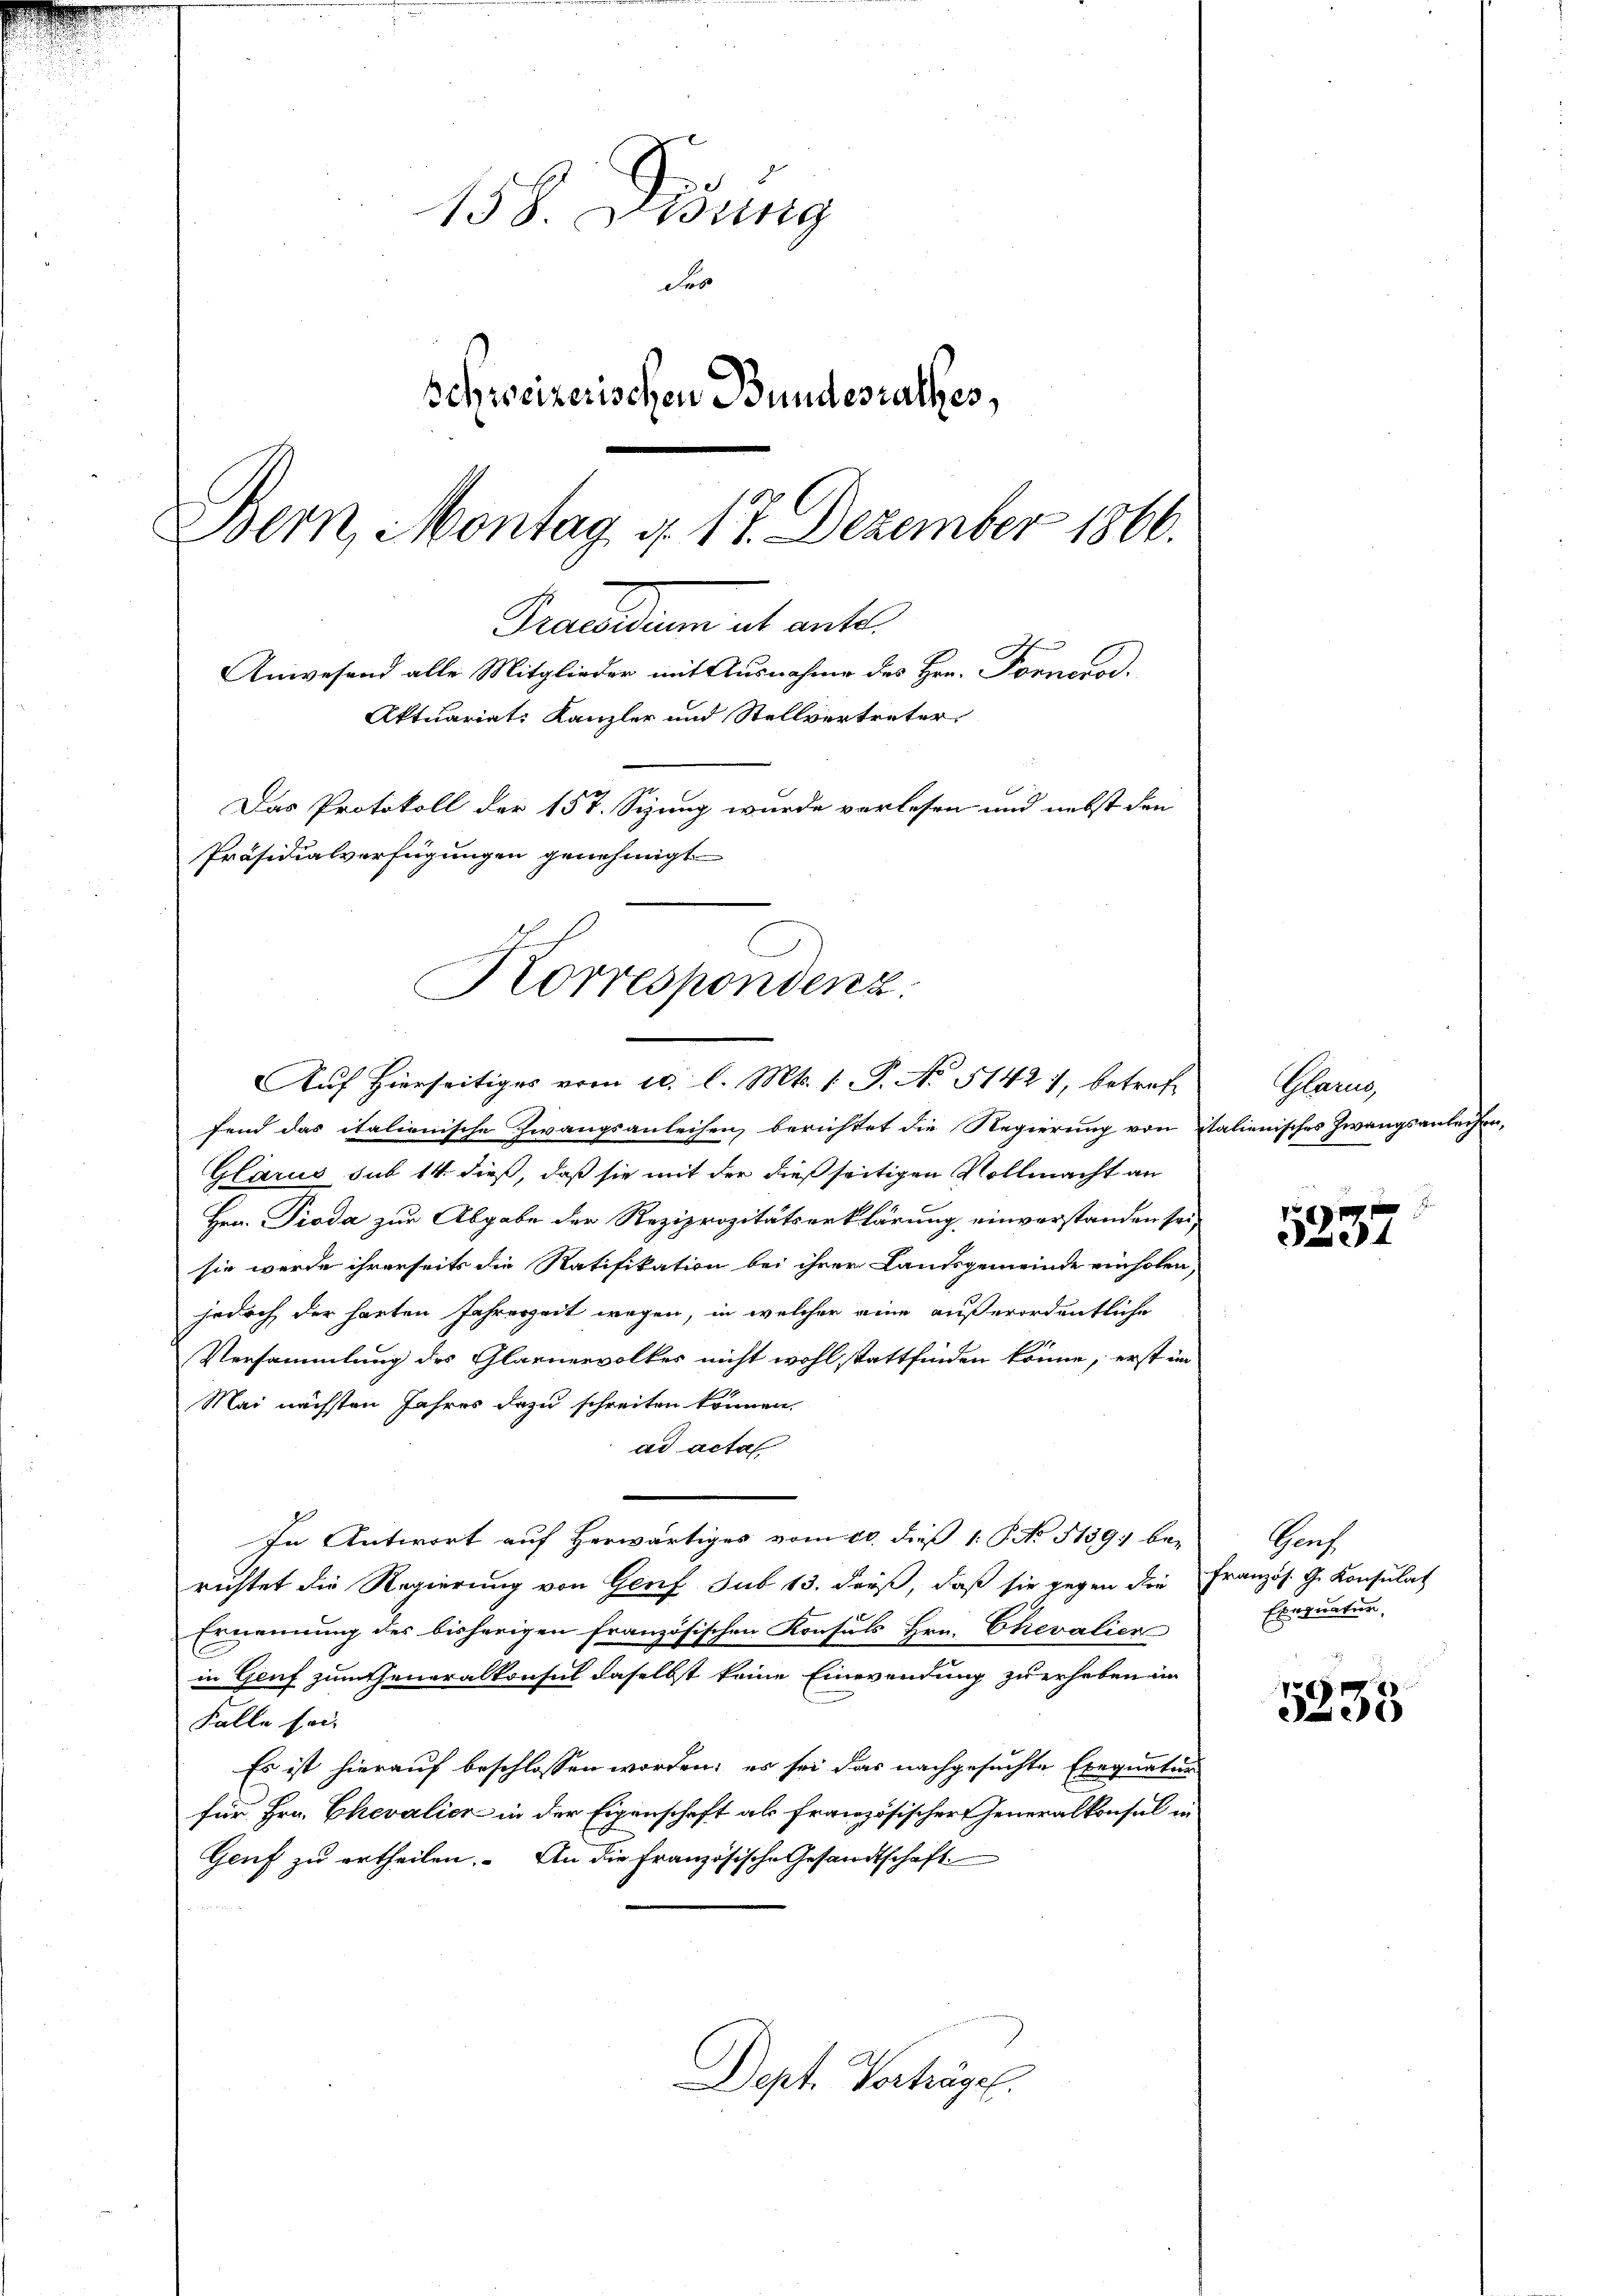
d

d
158. Lesung
der
Schweizerischen Bundesrathes,
Bern, Montag, d. 17. Dezember 1866.
Praesidium alt ante
Anwesend alle Mitglieder mit Ausnahme des Hrn. Fornerod.
Aktuariat: Kanzler und Stellvertreter
Das Protokoll der 157. Sizung wurde verlesen und nebst den
Präsidialverfügungen genehmigt

Korrespondenz.
Auf hierseitiges vom 10. l. Mts. 1 P. No 5142), betref

fend das italienische Zwangsanleihen, berichtet die Regierung von italienisches Zwangsanleiher¬
Glarus sub 14 dieß, daß sie mit der dießseitigen Vollmacht an
Hrn. Pioda zur Abgabe der Reziprozitätserklärung einverstanden sei,
sie werde ihrerseits die Ratifikation bei ihrer Landsgemeinde einholen,
jedoch der harten Jahreszeit wegen, in welcher eine außerordentliche
Versammlung des Glarnervolkes nicht wohl stattfinden könne, erst im
Mai nächsten Jahres dazu schreiten können.
ad acta
In Antwort auf herwärtiges vom 20. dieß 1. No 5139. be-
richtet die Regierung von Genf sub 13. dieß, daß sie gegen die
Ernennung des bisherigen französischen Konsuls Hrn. Chevalier
in Genf zum Generalkonsul daselbst keine Einwendung zu erheben in
Falle sei.
Es ist hierauf beschlossen worden, es sei das nachgesuchte Exequatur
für Hrn. Chevalier in der Eigenschaft als französischer Generalkonsul in
Genf zu ertheilen. An die Französische Gesandtschaft.
Dept. Verträge.

5237

5335

Plane

Gruf
Französ. G. Konsulat
Einquatur,